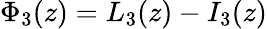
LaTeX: \Phi_{3}(z)=L_{3}(z)-I_{3}(z)